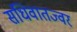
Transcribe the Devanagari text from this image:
संधिवातज्वर